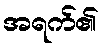
အရက်၏